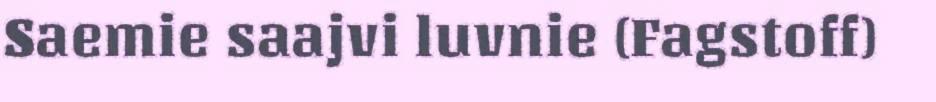
Saemie saajvi luvnie (Fagstoff)